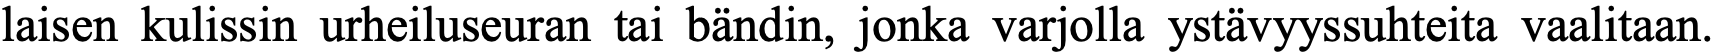
laisen kulissin urheiluseuran tai bändin, jonka varjolla ystävyyssuhteita vaalitaan.